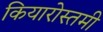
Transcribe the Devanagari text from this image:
कियारोस्तमी